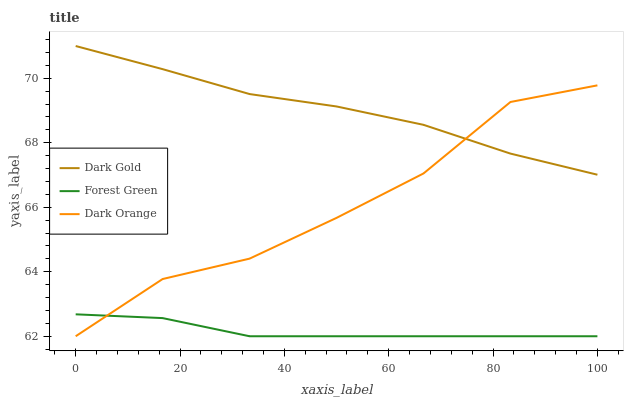
| xaxis_label | Dark Gold | Forest Green | Dark Orange |
 | --- | --- | --- | --- |
 | 0 | 71 | 62.7 | 62 |
 | 16.7 | 70.3 | 62.6 | 63.8 |
 | 33.3 | 69.5 | 62 | 64.4 |
 | 50 | 69.1 | 62 | 65.7 |
 | 66.7 | 68.6 | 62 | 67 |
 | 83.3 | 67.7 | 62 | 69.3 |
 | 100 | 67 | 62 | 69.8 |